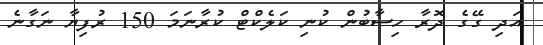
އަދި ގޭގެ ދޮރާ ހިސާބުން ކުނި ކަލެކްޓް ކުރާނަމަ 150 ރުފިޔާ ނަގާނެ